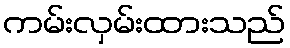
ကမ်းလှမ်းထားသည်